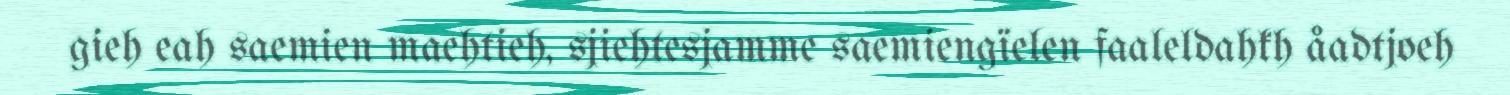
gieh eah saemien maehtieh, sjiehtesjamme saemiengïelen faaleldahkh åadtjoeh